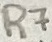
Text: R7